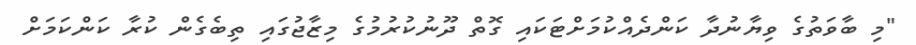
"މި ބާވަތުގެ ވިޔާނުދާ ކަންދެއްކުމަށްޓަކައި ގޮތް ދޫނުކުރުމުގެ މިޒާޖުގައި ތިބެގެން ކުރާ ކަންކަމަށް